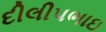
દીલીપભાઇ